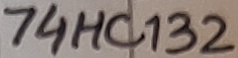
Text: 74HC132